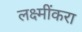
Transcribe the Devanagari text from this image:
लक्ष्मींकरा